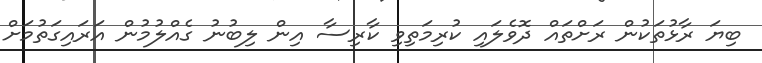
ބިޔަ ރާޅުތަކުން ރަށްތައް ދޮވެލައި ކުރިމަތިވި ކާރިސާ އިން ލިބުނު ގެއްލުމުން އަރައިގަތުމަށް